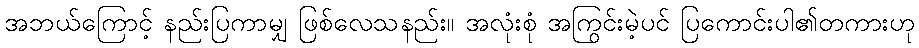
အဘယ်ကြောင့် နည်းပြကာမျှ ဖြစ်လေသနည်း။ အလုံးစုံ အကြွင်းမဲ့ပင် ပြကောင်းပါ၏တကားဟု